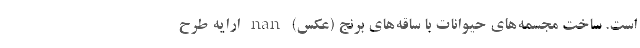
است. ساخت مجسمه‌های حیوانات با ساقه‌های برنج (عکس) nan ارایه طرح